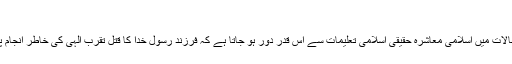
(۳)
ایسے حالات میں اسلامی معاشرہ حقیقی اسلامی تعلیمات سے اس قدر دور ہو جاتا ہے کہ فرزند رسول خدا کا قتل تقرب الہی کی خاطر انجام پاتا ہے!